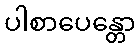
ပါစာပေန္တော